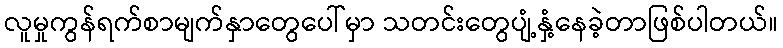
လူမှုကွန်ရက်စာမျက်နှာတွေပေါ်မှာ သတင်းတွေပျံ့နှံ့နေခဲ့တာဖြစ်ပါတယ်။